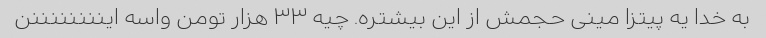
به خدا یه پیتزا مینی حجمش از این بیشتره. چیه ۳۳ هزار تومن واسه ایننننننننن